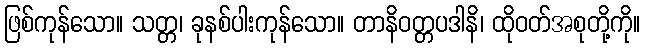
ဖြစ်ကုန်သော။ သတ္တ၊ ခုနစ်ပါးကုန်သော။ တာနိဝတ္တပဒါနိ၊ ထိုဝတ်အစုတို့ကို။